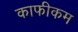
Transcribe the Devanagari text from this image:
काफीकम